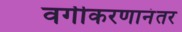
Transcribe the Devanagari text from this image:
वर्गीकरणानंतर